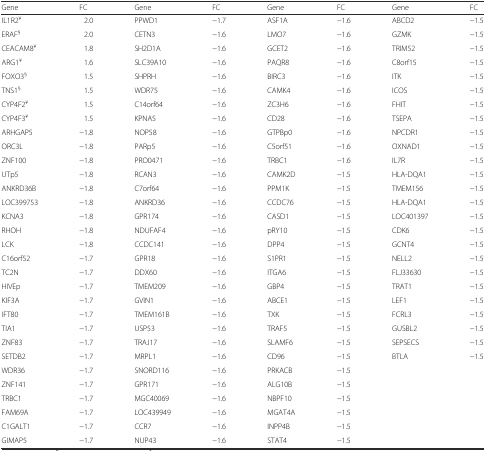
<table><thead><tr><td><b>Gene</b></td><td><b>FC</b></td><td><b>Gene</b></td><td><b>FC</b></td><td><b>Gene</b></td><td><b>FC</b></td><td><b>Gene</b></td><td><b>FC</b></td></tr></thead><tbody><tr><td>IL1R2<sup>¥</sup></td><td>2.0</td><td>PPWD1</td><td>−1.7</td><td>ASF1A</td><td>−1.6</td><td>ABCD2</td><td>−1.5</td></tr><tr><td>ERAF<sup>§</sup></td><td>2.0</td><td>CETN3</td><td>−1.6</td><td>LMO7</td><td>−1.6</td><td>GZMK</td><td>−1.5</td></tr><tr><td>CEACAM8<sup>¥</sup></td><td>1.8</td><td>SH2D1A</td><td>−1.6</td><td>GCET2</td><td>−1.6</td><td>TRIM52</td><td>−1.5</td></tr><tr><td>ARG1<sup>¥</sup></td><td>1.6</td><td>SLC39A10</td><td>−1.6</td><td>PAQR8</td><td>−1.6</td><td>C8orf15</td><td>−1.5</td></tr><tr><td>FOXO3<sup>§</sup></td><td>1.5</td><td>SHPRH</td><td>−1.6</td><td>BIRC3</td><td>−1.6</td><td>ITK</td><td>−1.5</td></tr><tr><td>TNS1<sup>§</sup></td><td>1.5</td><td>WDR75</td><td>−1.6</td><td>CAMK4</td><td>−1.6</td><td>ICOS</td><td>−1.5</td></tr><tr><td>CYP4F2<sup>¥</sup></td><td>1.5</td><td>C14orf64</td><td>−1.6</td><td>ZC3H6</td><td>−1.6</td><td>FHIT</td><td>−1.5</td></tr><tr><td>CYP4F3<sup>¥</sup></td><td>1.5</td><td>KPNA5</td><td>−1.6</td><td>CD28</td><td>−1.6</td><td>TSEPA</td><td>−1.5</td></tr><tr><td>ARHGAP5</td><td>−1.8</td><td>NOP58</td><td>−1.6</td><td>GTPBp0</td><td>−1.6</td><td>NPCDR1</td><td>−1.5</td></tr><tr><td>ORC3L</td><td>−1.8</td><td>PARp5</td><td>−1.6</td><td>C5orf51</td><td>−1.6</td><td>OXNAD1</td><td>−1.5</td></tr><tr><td>ZNF100</td><td>−1.8</td><td>PRO0471</td><td>−1.6</td><td>TRBC1</td><td>−1.6</td><td>IL7R</td><td>−1.5</td></tr><tr><td>UTp5</td><td>−1.8</td><td>RCAN3</td><td>−1.6</td><td>CAMK2D</td><td>−1.5</td><td>HLA-DQA1</td><td>−1.5</td></tr><tr><td>ANKRD36B</td><td>−1.8</td><td>C7orf64</td><td>−1.6</td><td>PPM1K</td><td>−1.5</td><td>TMEM156</td><td>−1.5</td></tr><tr><td>LOC399753</td><td>−1.8</td><td>ANKRD36</td><td>−1.6</td><td>CCDC76</td><td>−1.5</td><td>HLA-DQA1</td><td>−1.5</td></tr><tr><td>KCNA3</td><td>−1.8</td><td>GPR174</td><td>−1.6</td><td>CASD1</td><td>−1.5</td><td>LOC401397</td><td>−1.5</td></tr><tr><td>RHOH</td><td>−1.8</td><td>NDUFAF4</td><td>−1.6</td><td>pRY10</td><td>−1.5</td><td>CDK6</td><td>−1.5</td></tr><tr><td>LCK</td><td>−1.8</td><td>CCDC141</td><td>−1.6</td><td>DPP4</td><td>−1.5</td><td>GCNT4</td><td>−1.5</td></tr><tr><td>C16orf52</td><td>−1.7</td><td>GPR18</td><td>−1.6</td><td>S1PR1</td><td>−1.5</td><td>NELL2</td><td>−1.5</td></tr><tr><td>TC2N</td><td>−1.7</td><td>DDX60</td><td>−1.6</td><td>ITGA6</td><td>−1.5</td><td>FLJ33630</td><td>−1.5</td></tr><tr><td>HIVEp</td><td>−1.7</td><td>TMEM209</td><td>−1.6</td><td>GBP4</td><td>−1.5</td><td>TRAT1</td><td>−1.5</td></tr><tr><td>KIF3A</td><td>−1.7</td><td>GVIN1</td><td>−1.6</td><td>ABCE1</td><td>−1.5</td><td>LEF1</td><td>−1.5</td></tr><tr><td>IFT80</td><td>−1.7</td><td>TMEM161B</td><td>−1.6</td><td>TXK</td><td>−1.5</td><td>FCRL3</td><td>−1.5</td></tr><tr><td>TIA1</td><td>−1.7</td><td>USP53</td><td>−1.6</td><td>TRAF5</td><td>−1.5</td><td>GUSBL2</td><td>−1.5</td></tr><tr><td>ZNF83</td><td>−1.7</td><td>TRAJ17</td><td>−1.6</td><td>SLAMF6</td><td>−1.5</td><td>SEPSECS</td><td>−1.5</td></tr><tr><td>SETDB2</td><td>−1.7</td><td>MRPL1</td><td>−1.6</td><td>CD96</td><td>−1.5</td><td>BTLA</td><td>−1.5</td></tr><tr><td>WDR36</td><td>−1.7</td><td>SNORD116</td><td>−1.6</td><td>PRKACB</td><td>−1.5</td><td></td><td></td></tr><tr><td>ZNF141</td><td>−1.7</td><td>GPR171</td><td>−1.6</td><td>ALG10B</td><td>−1.5</td><td></td><td></td></tr><tr><td>TRBC1</td><td>−1.7</td><td>MGC40069</td><td>−1.6</td><td>NBPF10</td><td>−1.5</td><td></td><td></td></tr><tr><td>FAM69A</td><td>−1.7</td><td>LOC439949</td><td>−1.6</td><td>MGAT4A</td><td>−1.5</td><td></td><td></td></tr><tr><td>C1GALT1</td><td>−1.7</td><td>CCR7</td><td>−1.6</td><td>INPP4B</td><td>−1.5</td><td></td><td></td></tr><tr><td>GIMAP5</td><td>−1.7</td><td>NUP43</td><td>−1.6</td><td>STAT4</td><td>−1.5</td><td></td><td></td></tr></tbody></table>